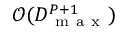
\mathcal { O } ( D _ { \mathrm { ~ m ~ a ~ x ~ } } ^ { P + 1 } )